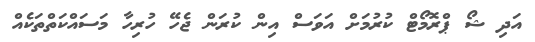
އަދި ޝޯ ޕްރޮމޯޓް ކުރުމަށް އަވަސް އިން ކުރަން ޖެހޭ ހުރިހާ މަސައްކަތްތަކެއް